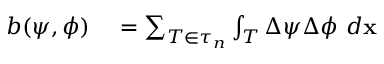
\begin{array} { r l } { b ( \psi , \phi ) } & { { } = \sum _ { T \in \tau _ { n } } \int _ { T } \Delta \psi \Delta \phi ~ d \mathbf { x } } \end{array}